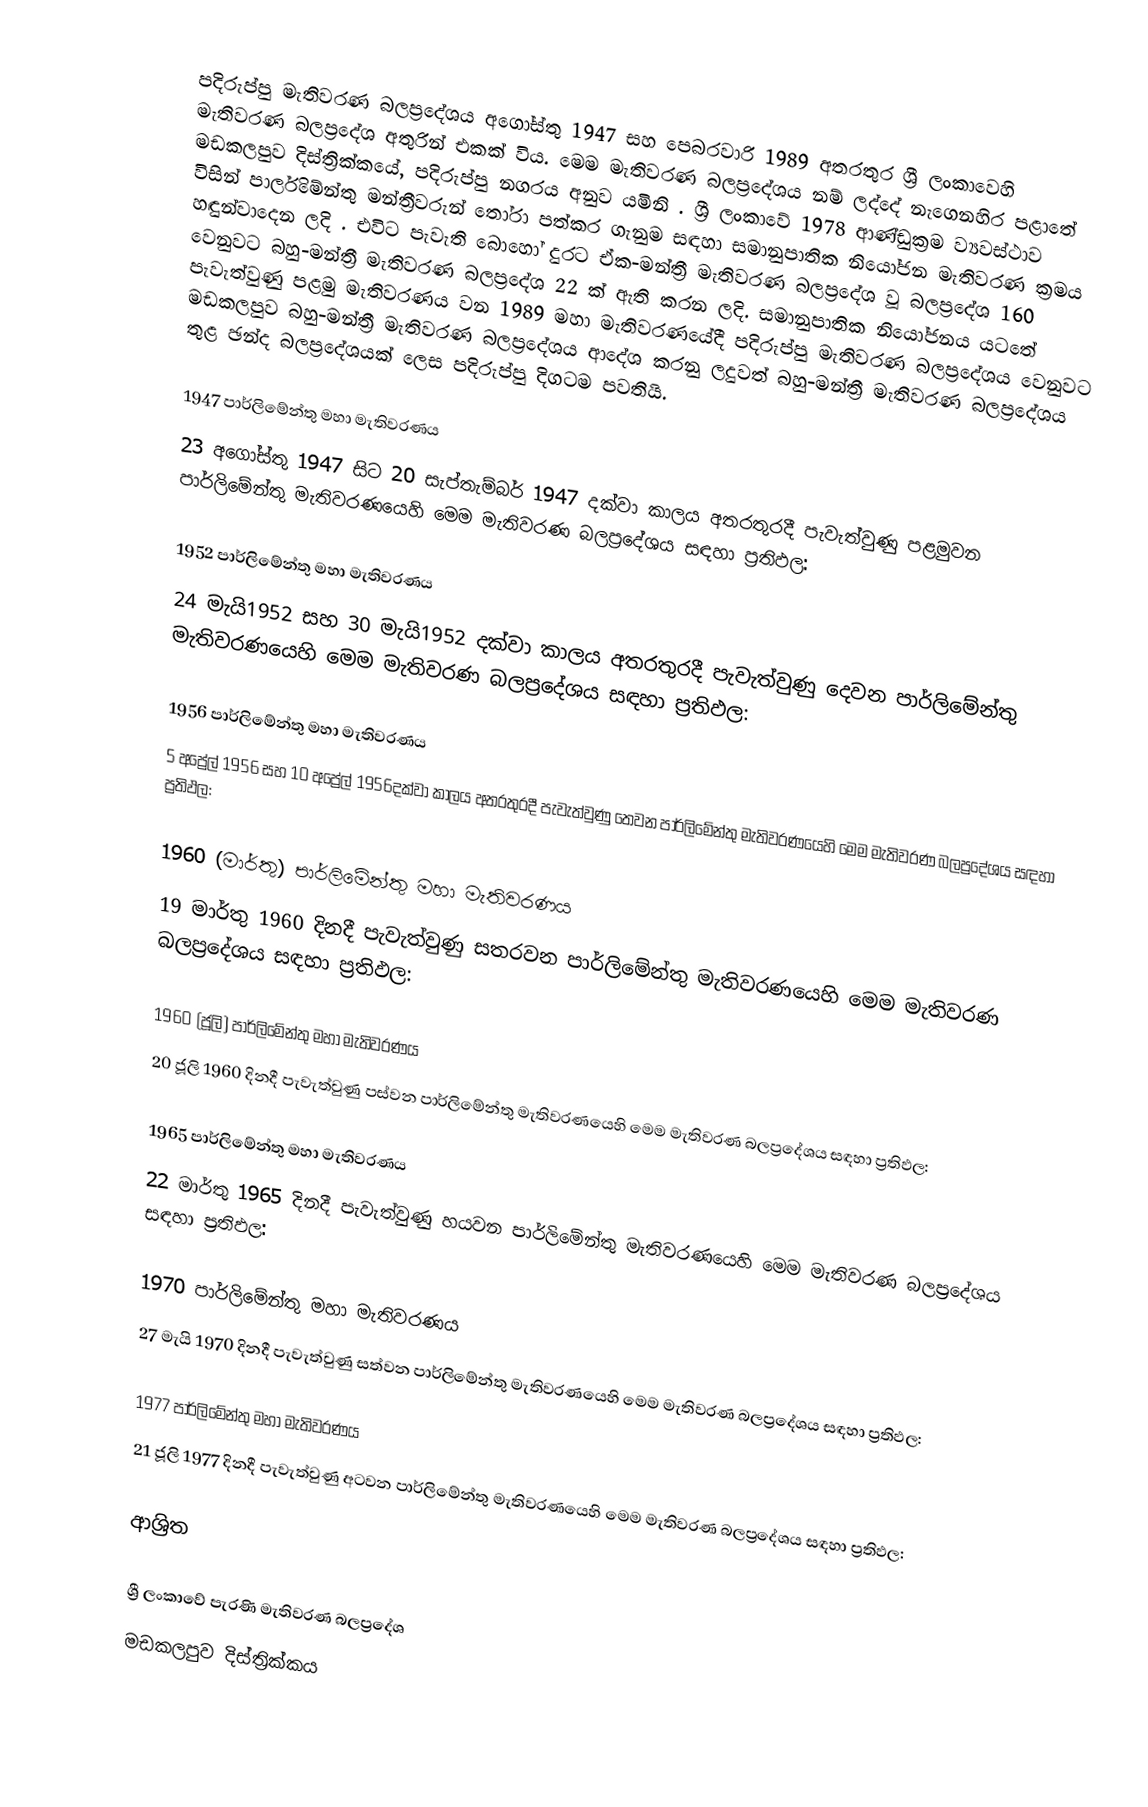
පදිරුප්පු මැතිවරණ බලප්‍රදේශය  අගෝස්තු 1947 සහ පෙබරවාරි 1989 අතරතුර  ශ්‍රී ලංකාවෙහි  මැතිවරණ බලප්‍රදේශ අතුරින් එකක් විය. මෙම මැතිවරණ බලප්‍රදේශය නම් ලද්දේ  නැගෙනහිර පළාතේ  මඩකලපුව දිස්ත්‍රික්කයේ,  පදිරුප්පු නගරය අනුව යමිනි . ශ්‍රී ලංකාවේ 1978 ආණ්ඩුක්‍රම ව්‍යවස්ථාව විසින්   පාර්ලිමේන්තු මන්ත්‍රීවරුන් තෝරා පත්කර ගැනුම සඳහා සමානුපාතික නියෝජන මැතිවරණ ක්‍රමය හඳුන්වාදෙන ලදි . එවිට පැවැති බොහෝ දුරට  ඒක-මන්ත්‍රී මැතිවරණ බලප්‍රදේශ වූ බලප්‍රදේශ 160 වෙනුවට බහු-මන්ත්‍රී මැතිවරණ බලප්‍රදේශ 22 ක් ඇති කරන ලදි. සමානුපාතික නියෝජනය යටතේ පැවැත්වුණු පළමු මැතිවරණය වන 1989 මහා මැතිවරණයේදී  පදිරුප්පු මැතිවරණ බලප්‍රදේශය වෙනුවට  මඩකලපුව බහු-මන්ත්‍රී මැතිවරණ බලප්‍රදේශය  ආදේශ කරනු ලදුවත් බහු-මන්ත්‍රී මැතිවරණ බලප්‍රදේශය තුළ ඡන්ද බලප්‍රදේශයක් ලෙස පදිරුප්පු දිගටම පවතියි.

1947 පාර්ලිමේන්තු මහා මැතිවරණය
23 අගෝස්තු 1947 සිට 20 සැප්තැම්බර් 1947 දක්වා කාලය අතරතුරදී පැවැත්වුණු  පළමුවන පාර්ලිමේන්තු මැතිවරණයෙහි මෙම මැතිවරණ බලප්‍රදේශය සඳහා ප්‍රතිඵල:

1952 පාර්ලිමේන්තු මහා මැතිවරණය
24 මැයි1952 සහ 30 මැයි1952 දක්වා කාලය අතරතුරදී පැවැත්වුණු  දෙවන පාර්ලිමේන්තු මැතිවරණයෙහි මෙම මැතිවරණ බලප්‍රදේශය සඳහා ප්‍රතිඵල:

1956 පාර්ලිමේන්තු මහා මැතිවරණය
5 අප්‍රේල් 1956 සහ 10 අප්‍රේල් 1956දක්වා කාලය අතරතුරදී පැවැත්වුණු  තෙවන පාර්ලිමේන්තු මැතිවරණයෙහි මෙම මැතිවරණ බලප්‍රදේශය සඳහා ප්‍රතිඵල:

1960 (මාර්තු) පාර්ලිමේන්තු මහා මැතිවරණය
19 මාර්තු 1960 දිනදී පැවැත්වුණු  සතරවන පාර්ලිමේන්තු මැතිවරණයෙහි මෙම මැතිවරණ බලප්‍රදේශය සඳහා ප්‍රතිඵල:

1960 (ජූලි) පාර්ලිමේන්තු මහා මැතිවරණය
20 ජූලි 1960 දිනදී පැවැත්වුණු  පස්වන පාර්ලිමේන්තු මැතිවරණයෙහි මෙම මැතිවරණ බලප්‍රදේශය සඳහා ප්‍රතිඵල:

1965 පාර්ලිමේන්තු මහා මැතිවරණය
22 මාර්තු 1965  දිනදී පැවැත්වුණු  හයවන පාර්ලිමේන්තු මැතිවරණයෙහි මෙම මැතිවරණ බලප්‍රදේශය සඳහා ප්‍රතිඵල:

1970 පාර්ලිමේන්තු මහා මැතිවරණය
27 මැයි 1970 දිනදී පැවැත්වුණු  සත්වන පාර්ලිමේන්තු මැතිවරණයෙහි මෙම මැතිවරණ බලප්‍රදේශය සඳහා ප්‍රතිඵල:

1977 පාර්ලිමේන්තු මහා මැතිවරණය
21 ජූලි 1977 දිනදී පැවැත්වුණු  අටවන පාර්ලිමේන්තු මැතිවරණයෙහි මෙම මැතිවරණ බලප්‍රදේශය සඳහා ප්‍රතිඵල:

ආශ්‍රිත

ශ්‍රී ලංකාවේ පැරණි මැතිවරණ බලප්‍රදේශ
මඩකලපුව දිස්ත්‍රික්කය